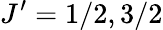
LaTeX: J^{\prime}=1/2,3/2